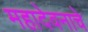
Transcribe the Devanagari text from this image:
महादेवनाचे